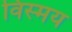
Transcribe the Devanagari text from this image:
विस्‍मय